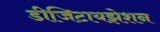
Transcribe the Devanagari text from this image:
डीजिटायझेशन